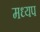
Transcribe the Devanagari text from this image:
मध्यप